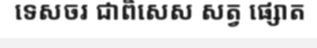
ទេសចរ ជាពិសេស សត្វ ផ្សោត